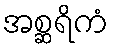
အစ္ဆရိကံ